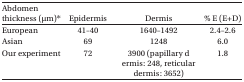
<table><thead><tr><td><b>Abdomen thickness (μm)*</b></td><td><b>Epidermis</b></td><td><b>Dermis</b></td><td><b>% E (E+D)</b></td></tr></thead><tbody><tr><td>European</td><td>41–40</td><td>1640–1492</td><td>2.4–2.6</td></tr><tr><td>Asian</td><td>69</td><td>1248</td><td>6.0</td></tr><tr><td>Our experiment</td><td>72</td><td>3900 (papillary dermis: 248, reticular dermis: 3652)</td><td>1.8</td></tr></tbody></table>